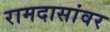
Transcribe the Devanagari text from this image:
रामदासांवर